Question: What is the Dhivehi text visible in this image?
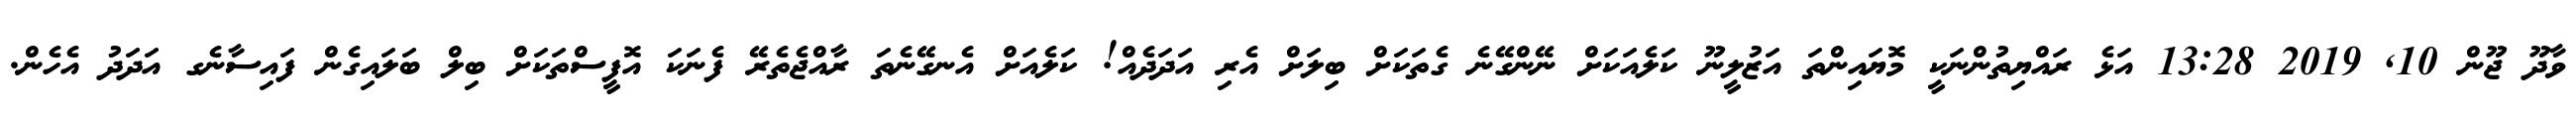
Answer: ވާދޫ ޖޫން 10, 2019 13:28 އަޅެ ރައްޔިތުންނަކީ މޮޔައިންތަ އަޒުލީނޫ ކަލެއަކަށް ނޭންގޭނެ ގެތަކަށް ބިލަށް އެރި އަދަދެއް! ކަލެއަށް އެނގޭނެތަ ރާއްޖެތެރޭ ފެނަކަ އޮފީސްތަކަށް ބިލް ބަލައިގެން ފައިސާނެގ އަދަދު އެހެން.